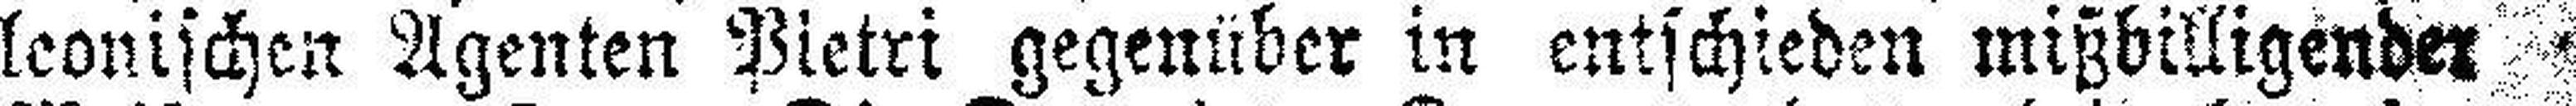
leonischen Agenten Pietri gegenüber in entschieden mißbilligender